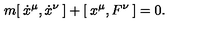
m [ \: \dot { x } ^ { \mu } , \dot { x } ^ { \nu } \: ] + [ \: x ^ { \mu } , F ^ { \nu } \: ] = 0 .